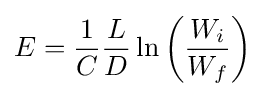
E={\frac {1}{C}}{\frac {L}{D}}\ln \left({\frac {W_{i}}{W_{f}}}\right)